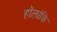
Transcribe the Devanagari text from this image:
हॉलांकि